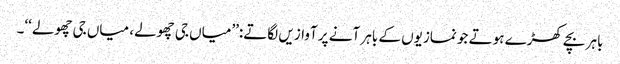
باہر بچے کھڑے ہوتے جو نمازیوں کے باہر آنے پر آوازیں لگاتے:’’میاں جی چھولے، میاں جی چھولے‘‘۔